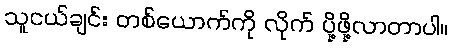
သူငယ်ချင်း တစ်ယောက်ကို လိုက် ပို့ဖို့လာတာပါ။